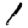
Digit: 1